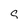
Character: s